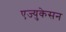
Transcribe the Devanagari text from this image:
एज्युकेसन